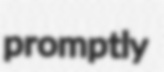
promptly